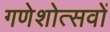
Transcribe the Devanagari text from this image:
गणेशोत्सवों